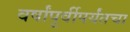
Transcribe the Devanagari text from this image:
वर्षांपूर्वीपर्यंतचा